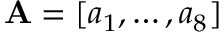
\mathbf { A } = [ \boldsymbol { a } _ { 1 } , \dots , \boldsymbol { a } _ { 8 } ]